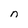
Character: n